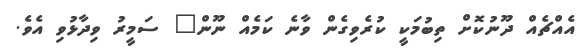
އެއްޗެއް ދޫނުކޮށް ތިބުމަކީ ކުރެވިގެން ވާނެ ކަމެއް ނޫން" ސަމީރު ވިދާޅުވި އެވެ.